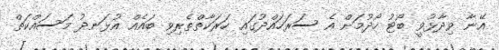
އޭނާ ވިދާޅުވީ ބޯޓު ހޯދުމަށް އެ ސަރަހައްދުގައި ހަރަކާތްތެރިވި ބައެއް އުޅަނދު މަސައްކަތް